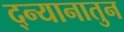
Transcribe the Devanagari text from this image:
द्न्यानातुन